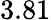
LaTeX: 3.81